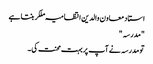
استاد معاون والدین انتظامیہ ملکر بنتا ہے
"مدرسہ "
تو مدرسہ نے آپ پر بہت محنت کی ۔